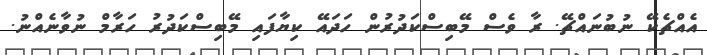
އެއްޗެކޭ ނުބުނައްޗޭ. ރާ ވެސް މޭބިސްކަދުރުން ހަދައޭ ކިޔާފައި މޭބިސްކަދުރު ހަރާމް ނުވާނެއްނު.